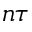
n \tau